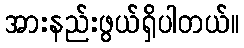
အားနည်းဖွယ်ရှိပါတယ်။